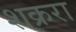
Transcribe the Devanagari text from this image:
शक्ररा